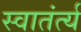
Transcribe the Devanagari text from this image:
स्वातंर्त्य